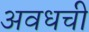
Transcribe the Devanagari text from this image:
अवधची